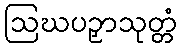
ဩဃပဉှာသုတ္တံ